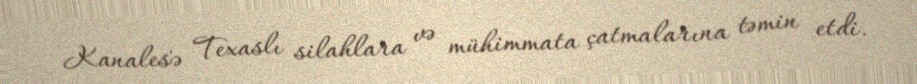
Kanales'ə Texaslı silahlara və mühimmata çatmalarına təmin etdi.